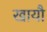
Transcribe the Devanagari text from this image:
खायौ